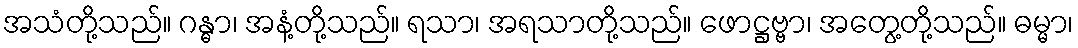
အသံတို့သည်။ ဂန္ဓာ၊ အနံ့တို့သည်။ ရသာ၊ အရသာတို့သည်။ ဖောဋ္ဌဗ္ဗာ၊ အတွေ့တို့သည်။ ဓမ္မာ၊